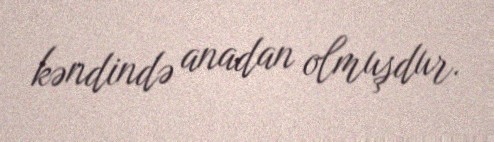
kəndində anadan olmuşdur.